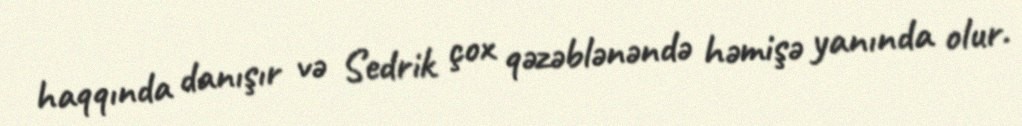
haqqında danışır və Sedrik çox qəzəblənəndə həmişə yanında olur.